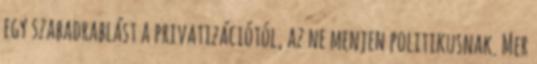
egy szabadrablást a privatizációtól, az ne menjen politikusnak. Mer